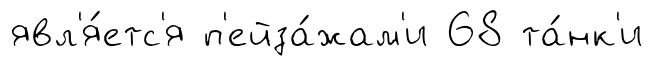
явл'я́етс'я п'ейза́жам'и 68 та́нк'и